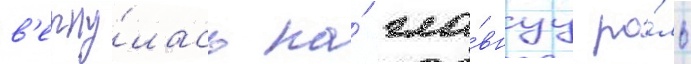
в'ерну́лась на́ гла́внуу ро́ль